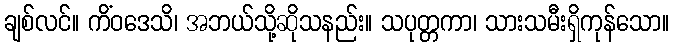
ချစ်လင်။ ကိံဝဒေသိ၊ အဘယ်သို့ဆိုသနည်း။ သပုတ္တကာ၊ သားသမီးရှိကုန်သော။